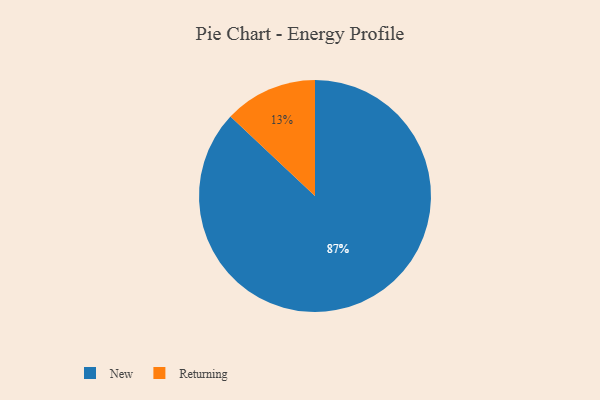
{"axis": {"x": "Category", "y": "Percentage"}, "legend": ["New", "Returning"], "data": [{"x": "Returning", "y": 13, "type": "Returning"}, {"x": "New", "y": 87, "type": "New"}]}